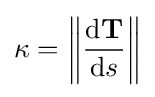
\kappa =\left\|{\frac {\mathrm {d} \mathbf {T} }{\mathrm {d} s}}\right\|